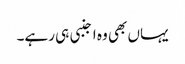
یہاں بھی وہ اجنبی ہی رہے۔